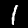
Label: 1